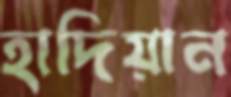
হাদিয়ান